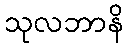
သုလဘာနိ